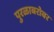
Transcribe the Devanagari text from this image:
पुरळाबरोबर